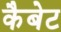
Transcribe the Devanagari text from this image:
कैबेट